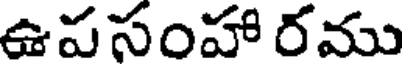
ఉపసంహా రము